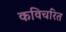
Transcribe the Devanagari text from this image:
कविचरित